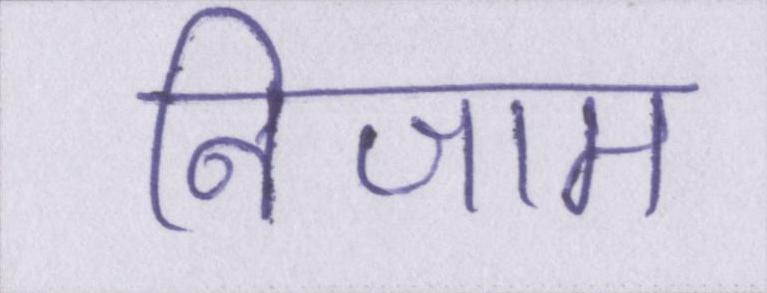
निजाम